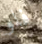
فلو